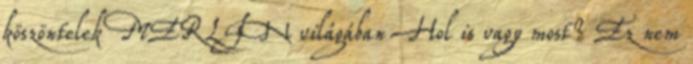
köszöntelek MERLIN világában Hol is vagy most? Ez nem